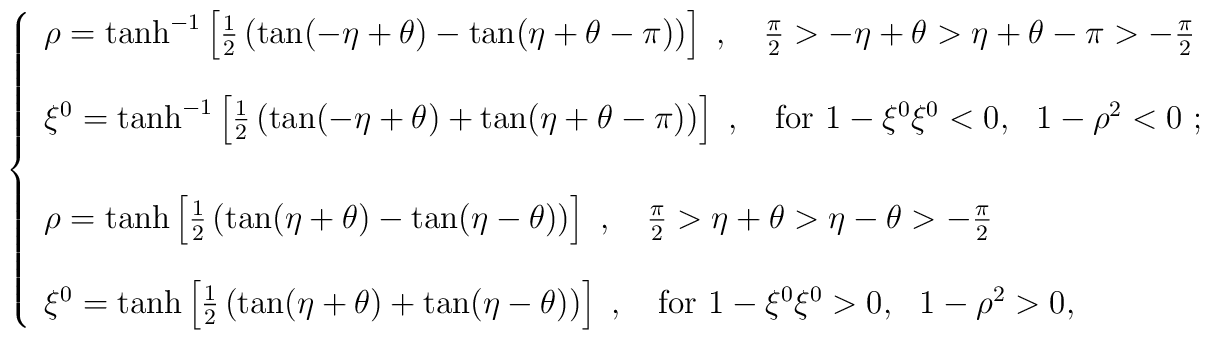
\left\{  \begin{array}{l}  \rho=\tanh^{-1}\left[\frac{1}{2}\left(\tan(-\eta+\theta)-\tan(\eta+\theta-        \pi)\right)\right]~, ~~~\frac{\pi}{2}>-\eta+\theta>\eta+\theta-\pi>        -\frac{\pi}{2}  \\[0.5cm]  \xi^0=\tanh^{-1}\left[\frac{1}{2}\left(\tan(-\eta+\theta)+\tan(\eta+\theta-        \pi)\right)\right]~,~~~{\rm for}~1-\xi^0\xi^0<0,         ~~1-\rho^2<0~;\\[0.7cm]  \rho=\tanh\left[\frac{1}{2}\left(\tan(\eta+\theta)-\tan(\eta-\theta)\right)       \right]~,  ~~~\frac{\pi}{2}>\eta+\theta>\eta-\theta>-\frac{\pi}{2} \\[0.5cm]  \xi^0=\tanh\left[\frac{1}{2}\left(\tan(\eta+\theta)+\tan(\eta-\theta)\right)        \right]~,~~~{\rm for}~1-\xi^0\xi^0>0,~~1-\rho^2>0,\end{array}\right.